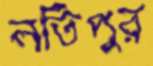
লতিপুর